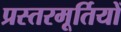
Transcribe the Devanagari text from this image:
प्रस्तरमूर्तियों